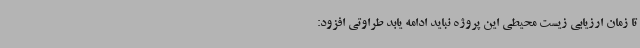
تا زمان ارزیابی زیست محیطی این پروژه نباید ادامه یابد طراوتی افزود: